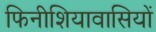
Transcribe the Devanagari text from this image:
फिनीशियावासियों